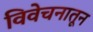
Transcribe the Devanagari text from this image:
विवेचनातून